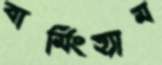
বার্মিংহ্যাম